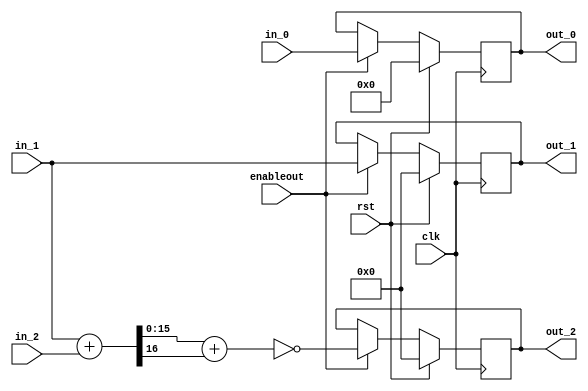
`timescale 1ns / 1ps
//////////////////////////////////////////////////////////////////////////////////
// Company:
// 
// Create Date:
// Design Name: 
// Module Name: headgen_pipe_s3
// Project Name: EtherBlade.net_v1 
// Target Devices: 
// Tool Versions: 
// Description: 
// 
// Dependencies: 
// 
// Version: 0.01
// Additional Comments:
//
//////////////////////////////////////////////////////////////////////////////////
module headgen_pipe_s3 (
input clk,	//shared wire
input rst,	//shared wire
input [8:0] in_0,
input [15:0] in_1,
input [15:0] in_2,
output reg [8:0] out_0,
output reg [15:0] out_1,
output reg [15:0] out_2,
input enableout
);

wire [15:0] in1_in2_sum;
wire in1_in2_sum_cout;
wire [15:0] in1_in2_ones_compl_inv;

//Calculate in_in2_sum with carry_out bit
assign {in1_in2_sum_cout,in1_in2_sum} = in_1 + in_2;
//Calculate inverted 1's implement of in1_in2_sum
assign in1_in2_ones_compl_inv = ~(in1_in2_sum + in1_in2_sum_cout);

// Implement (out_0) register
	always @(posedge clk)                                                                  
	begin                                                                                          
	  if (rst)                                                                         
	    begin                                                                                      
	      out_0 <= 9'b0;                                                               
	    end                                                                                        
	  else if (enableout)                                                                                         
	    begin                                                                                      
	      out_0 <= in_0;               
	    end
//NOTE: If (~enableout) then (out_0) remain unchanged.
end 


// Implement (out_1) register
	always @(posedge clk)                                                                  
	begin                                                                                          
	  if (rst)                                                                         
	    begin                                                                                      
	      out_1 <= 16'b0;
	    end                                                                                        
	  else if (enableout)                                                                                         
	    begin                                                                                      
	      out_1 <= in_1;               
	    end
//NOTE: If (~enableout) then (out_1) remain unchanged.
	end


// Implement (out_2) register
	always @(posedge clk)                                                                  
	begin                                                                                          
	  if (rst)                                                                         
	    begin                                                                                      
	      out_2 <= 16'b0;                                                               
	    end                                                                                        
	  else if (enableout)                                                                                         
	    begin                                                                                      
	      out_2 <= in1_in2_ones_compl_inv;               
	    end
//NOTE: If (~enableout) then (out_2) remain unchanged.
	end

endmodule